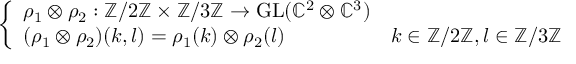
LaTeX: \left\{ \begin{array} { l l } { \rho _ { 1 } \otimes \rho _ { 2 } : \mathbb { Z } / 2 \mathbb { Z } \times \mathbb { Z } / 3 \mathbb { Z } \to { \mathrm { G L } } ( \mathbb { C } ^ { 2 } \otimes \mathbb { C } ^ { 3 } ) } \\ { ( \rho _ { 1 } \otimes \rho _ { 2 } ) ( k , l ) = \rho _ { 1 } ( k ) \otimes \rho _ { 2 } ( l ) } & { k \in \mathbb { Z } / 2 \mathbb { Z } , l \in \mathbb { Z } / 3 \mathbb { Z } } \end{array} \right.